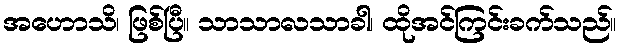
အဟောသိ၊ ဖြစ်ပြီ။ သာသာလသာခါ၊ ထိုအင်ကြင်းခက်သည်။